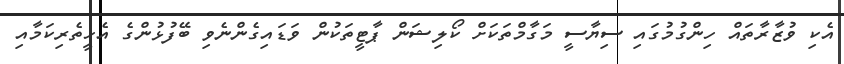
އެކި ވުޒާރާތައް ހިންގުމުގައި ސިޔާސީ މަގާމްތަކަށް ކޯލިޝަން ޕާޓީތަކުން ވަޑައިގެންނެވި ބޭފުޅުންގެ އެހީތެރިކަމާއި